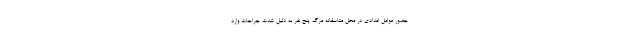
حضور عوامل امدادی در محل متاسفانه مرگ پنج نفر به دلیل شدت جراحات وارد